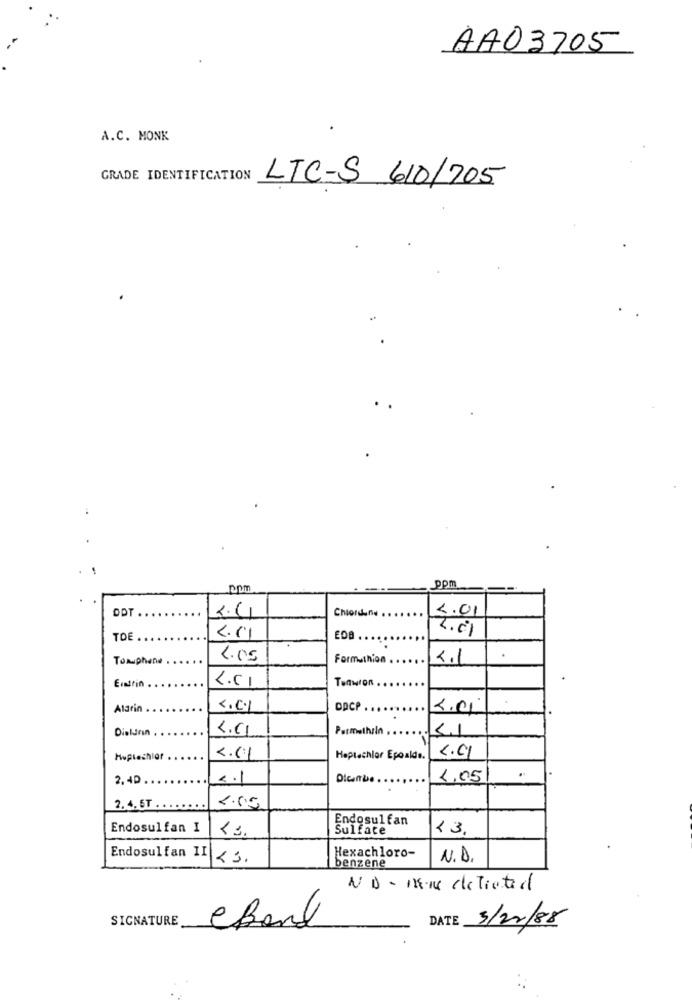
AA03705
A.C. MONK
GRADE IDENTIFICATION
LTC-S 610/705
ppm
OPT ..
2.4
Chlordan. ..
2.01
2.01
TOE.
EDB
Tomuphane
4.05
Formuthion .
2.1
Eratrin
Alarin
4.01
DACP
2.00
Dieldrin
Permethrin
41
2.01
Huplechlor
2.11
Heptachlor Epoalde.
.
2.40 ..
2.1
1,05
2.4.6T ..
2.05
Endosulfan
Endosulfan I
<3.
Sulface
Hexachloro-
Endosulfan II
<3.
N.D.
benzene
ND- 11.18 deTiated
SIGNATURE
DATE
3/12/88